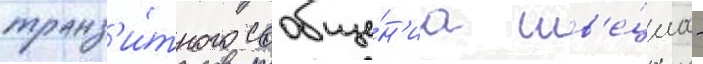
транз'и́тного сообще́н'иа шв'е́циа -